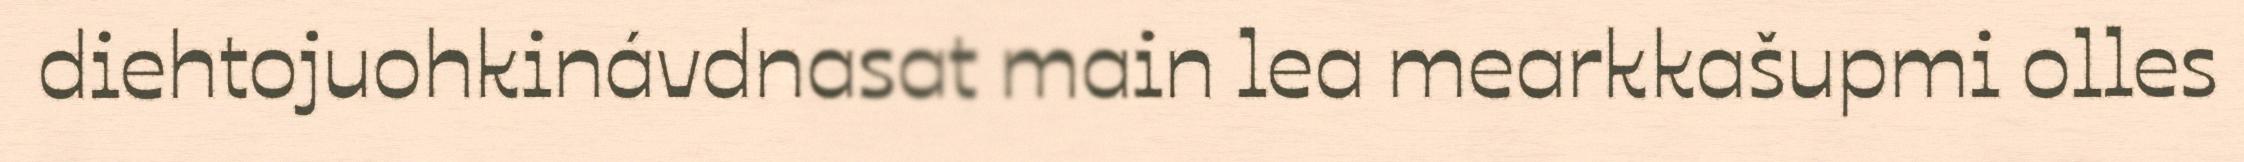
diehtojuohkinávdnasat main lea mearkkašupmi olles